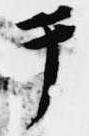
テ